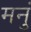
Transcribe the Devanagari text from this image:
मनुं